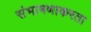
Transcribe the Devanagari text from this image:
संभाषणाकरता